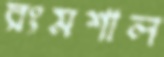
রংমশাল